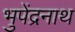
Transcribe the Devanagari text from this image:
भुपेंद्रनाथ